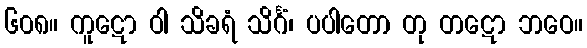
၆၀၈။ ကူဋော ဝါ သိခရံ သိင်္ဂံ၊ ပပါတော တု တဋော ဘဝေ။